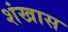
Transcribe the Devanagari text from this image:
शंखास